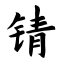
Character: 锖